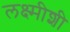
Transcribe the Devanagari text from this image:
लक्ष्मीशी